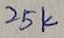
Text: 25K